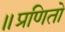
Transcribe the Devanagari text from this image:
॥प्रणितो